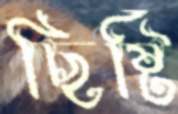
ছিষ্টি